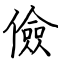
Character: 儉